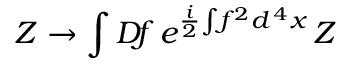
Z \to \int { \cal D } \! f \, e ^ { \frac { i } { 2 } \! \int \! f ^ { 2 } d ^ { \, 4 } x } \, Z